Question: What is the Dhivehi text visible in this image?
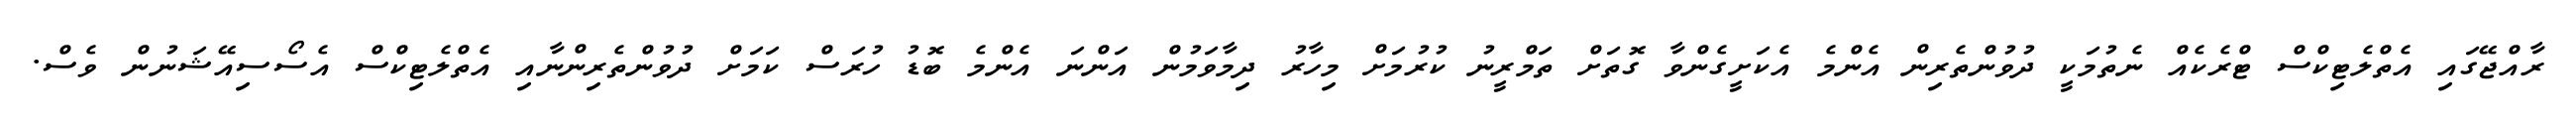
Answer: ރާއްޖޭގައި އެތްލެޓިކްސް ޓްރެކެއް ނެތުމަކީ ދުވުންތެރިން އެންމެ އެކަށީގެންވާ ގޮތަށް ތަމްރީނު ކުރުމަށް މިހާރު ދިމާވަމުން އަންނަ އެންމެ ބޮޑު ހުރަސް ކަމަށް ދުވުންތެރިންނާއި އެތްލެޓިކްސް އެސޯސިއޭޝަނުން ވެސް.